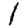
Digit: 1